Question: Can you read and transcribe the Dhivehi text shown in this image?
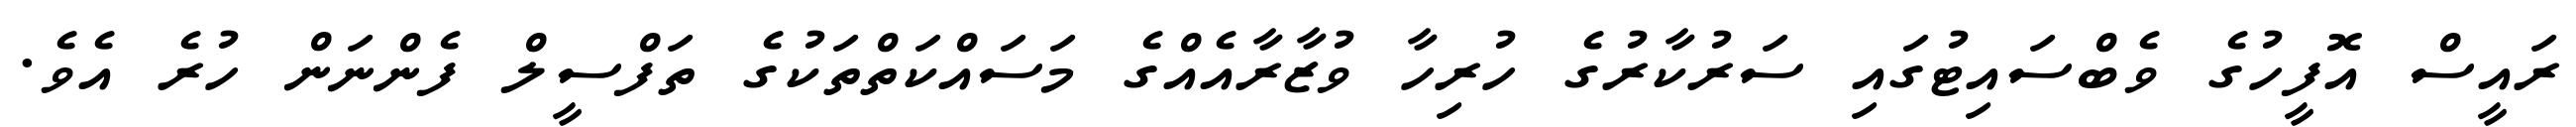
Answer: ރައީސް އޮފީހުގެ ވެބްސައިޓުގައި ސަރުކާރުގެ ހުރިހާ ވުޒާރާއެއްގެ މަސައްކަތްތަކުގެ ތަފްސީލް ފެންނަން ހުރެ އެވެ.